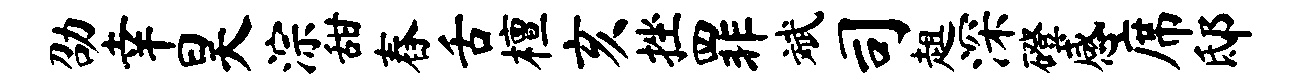
劭幸昊淙甜舂舌檀亥挫罪斌司趄深磴感席邸